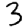
Digit: 3